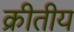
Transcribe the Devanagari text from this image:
क्रीतीय